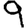
Digit: 9